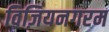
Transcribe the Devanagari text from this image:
विज़ियनगरम